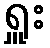
ရှူး